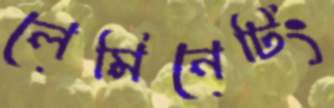
লেমিনেটিং